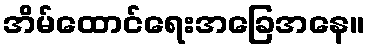
အိမ်ထောင်ရေးအခြေအနေ။